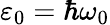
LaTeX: \varepsilon_{0}=\hbar\omega_{0}